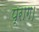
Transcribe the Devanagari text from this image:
प्राग।